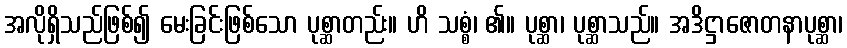
အလိုရှိသည်ဖြစ်၍ မေးခြင်းဖြစ်သော ပုစ္ဆာတည်း။ ဟိ သစ္စံ၊ ၏။ ပုစ္ဆာ၊ ပုစ္ဆာသည်။ အဒိဋ္ဌာဇောတနာပုစ္ဆာ၊